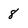
Character: 8